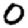
Digit: 0